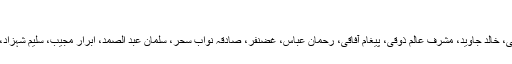
وصی بختیاری:
چند نام جو مجھے ابھی یاد آ رہے ہیں؛ شمس الرحمٰن فاروقی، خالد جاوید، مشرف عالم ذوقی، پیغام آفاقی، رحمان عباس، غضنفر، صادقہ نواب سحر، سلمان عبد الصمد، ابرار مجیب، سلیم شہزاد، نور الحسن، سید محمد اشرف، ترنم ریاض، شائستہ فاخری۔